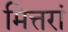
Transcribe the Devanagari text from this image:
मित्तरां